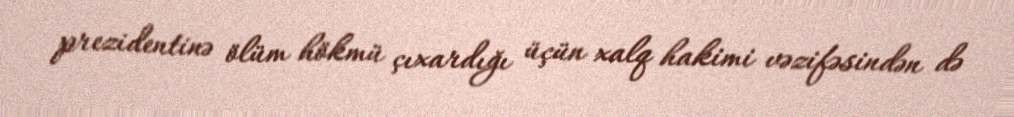
prezidentinə ölüm hökmü çıxardığı üçün xalq hakimi vəzifəsindən də